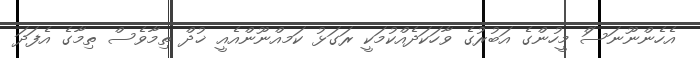
އެހެންނޫނަސަް މީހުންގެ އަބުރުގެ ވާހަކަދެއްކުމަކީ ރަގަޅު ކަމއްނޫންއެއީ ޚުދް ތިމާވެސް ތިމާގެ އެފަދަ